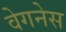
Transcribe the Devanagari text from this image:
वेगनेस